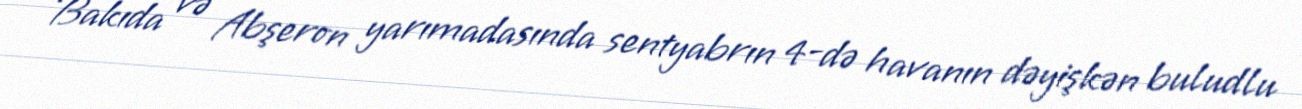
Bakıda və Abşeron yarımadasında sentyabrın 4-də havanın dəyişkən buludlu